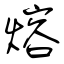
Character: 熔